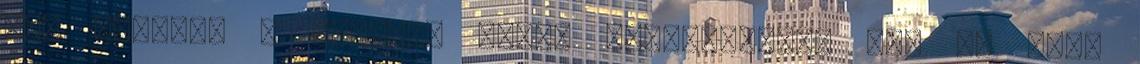
aki szerint a nyertes jóval fiatalabbnak néz ki mint